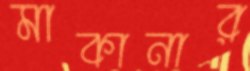
মাকানার